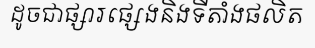
ដូចជាផ្សារផ្សេងនិងទីតាំងផលិត